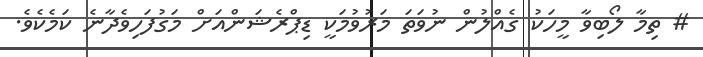
# ތިމާ ލޯބިވާ މީހަކު ގެއްލުން ނުވަތަ މަރުވުމަކީ ޑިޕްރެޝަންއަށް މަގުފަހިވެދާނެ ކަމެކެވެ.